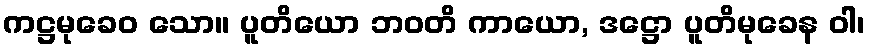
ကဋ္ဌမုခေဝ သော။ ပူတိယော ဘဝတိ ကာယော, ဒဋ္ဌော ပူတိမုခေန ဝါ၊